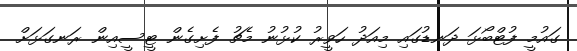
ގައުމީ ފުޓްބޯޅަ ދަނޑުގައި މިއަދު ހަވީރު ކުޅުނު މެޗު ފެށިގެން ޓީސީއިން ރަނގަޅަށް